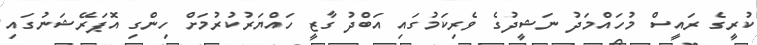
ކުރީގެ ރައީސް މުހައްމަދު ނަޝީދުގެ ވެރިކަމުގައި އަބްދު ގާޒީ ހައްޔަރުކުރުމަށް ހިންގި އޮޕަރޭޝަނުގައި